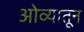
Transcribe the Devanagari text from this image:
ओव्यातून